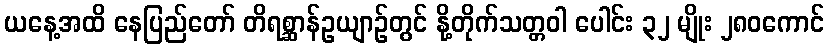
ယနေ့အထိ နေပြည်တော် တိရစ္ဆာန်ဥယျာဉ်တွင် နို့တိုက်သတ္တဝါ ပေါင်း ၃၂ မျိုး ၂၈၀ကောင်